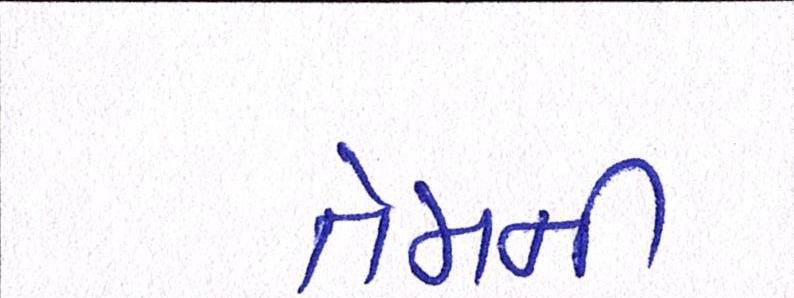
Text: તેમની